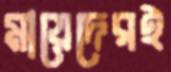
মায়েদেরই